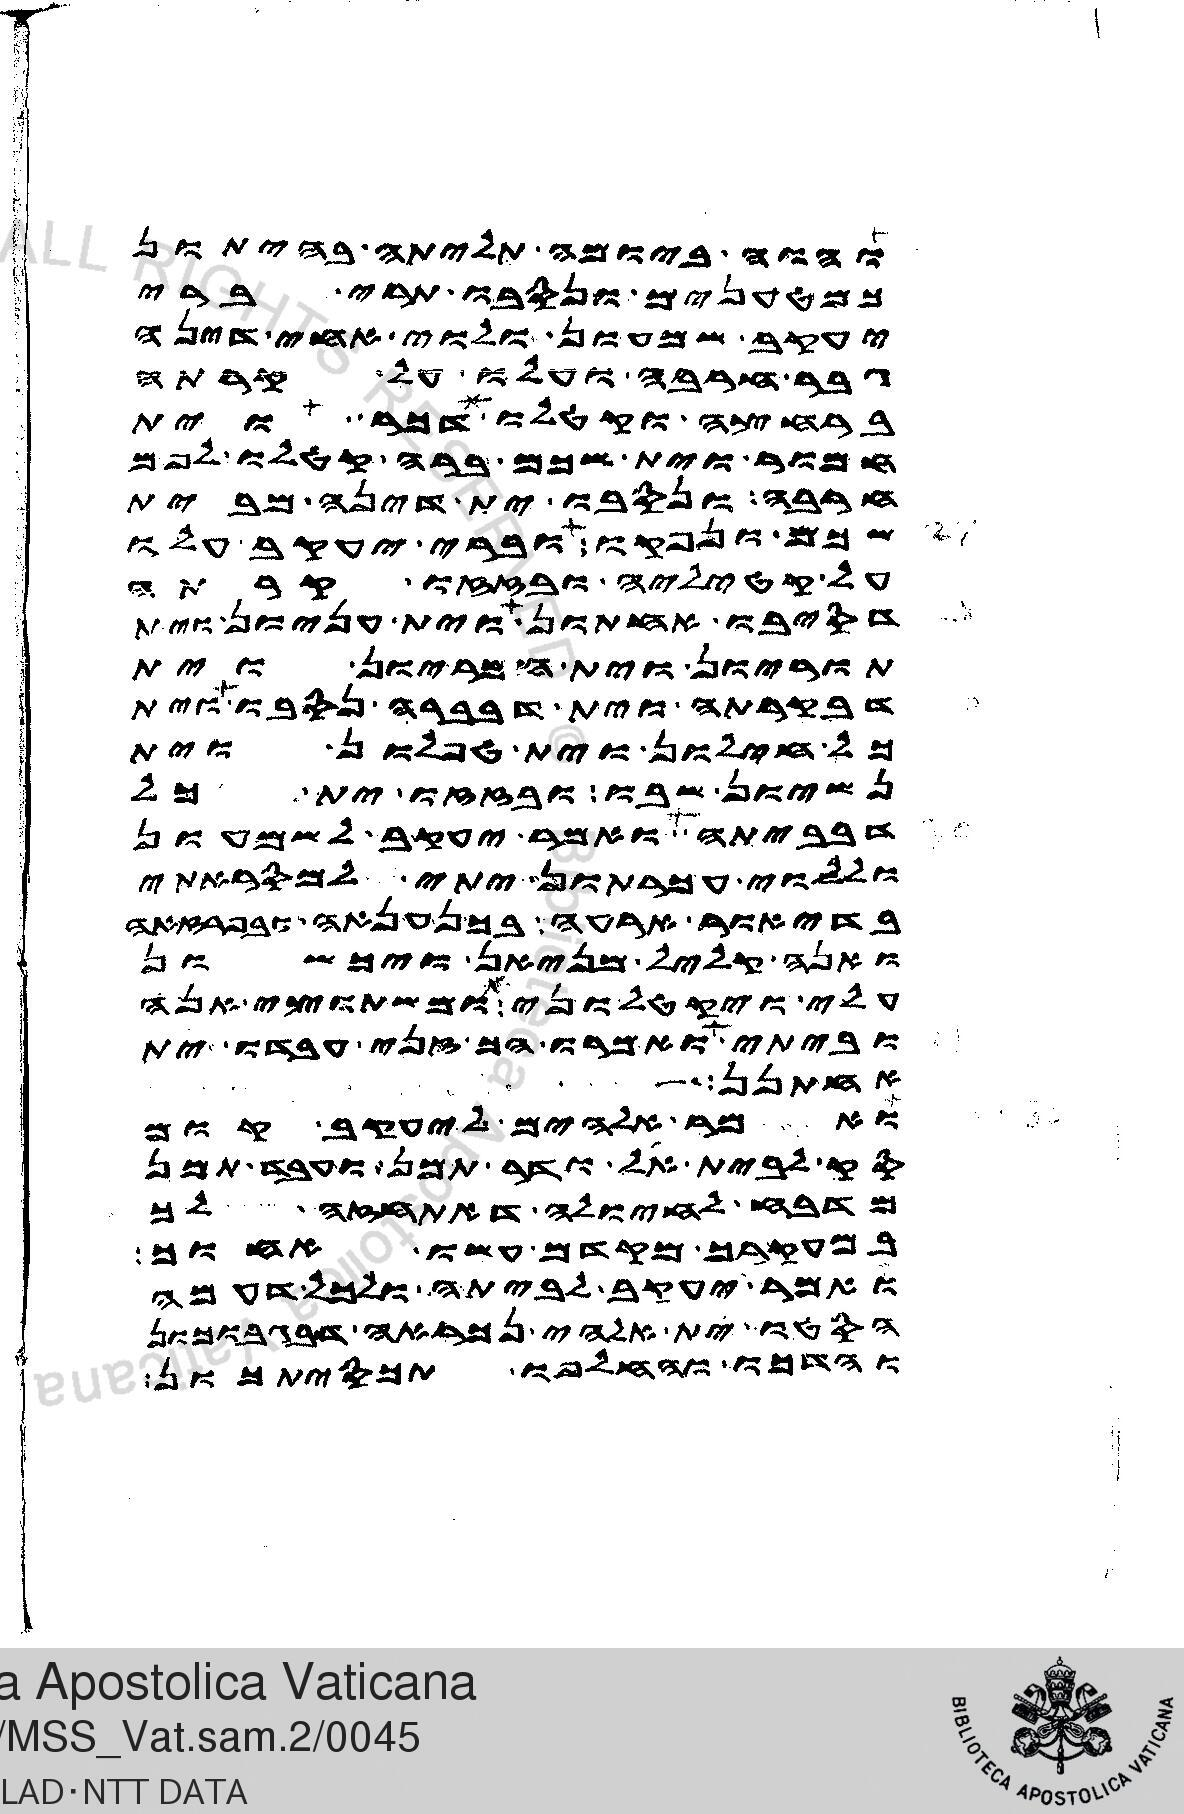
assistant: והוה ביומה תליתה בהיתון
כמטענים ונסבו תרי ברי
יעקב שמעון ולוי אחי דינה
גבר חרבה ועלו על קרתה
ברחצה וקטלו כל דכר וית
חמור וית שכם ברה קטלו לפם
חרבה ונסבו ית דינה מבית
שכם ונפקו וברי יעקב עלו
על קטיליה ובזזו קרתה
דסיבו אחתון וית עניון וית
תוריון וית חמריון וית
דבקרתה וית דבברה נסבו וית
כל חילון וית טפלון וית
נשיון שבו ובזזו ית כל
דבביתה ואמר יעקב לשמעון
וללוי עכרתון יתי למסראתי
בדיאור ארעה בכנענאה ובפרזאה
ואנה קליל מניאן ויכשון
עלי ויקטלוני ומשתוצי אנה
וביתי ואמרו הך זני עבדו ית
אחתנן
ואמר אלהים ליעקב קום
סק לבית אל ודר תמן ועבד תמן
מדבח לחיולה דאתחזה לך
במעקרך מקדם עשו אחוך
ואמר יעקב לביתה ולכל דעמה
הסטו ית אלהי נכראה דבגבוכון
והדכו והחלפו תכסיתכון